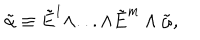
{ \tilde { \alpha } } \equiv { \tilde { E } } ^ { 1 } \wedge . . . \wedge { \tilde { E } } ^ { m } \wedge { \tilde { \omega } } ,